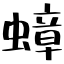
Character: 蟑